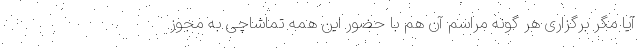
آیا مگر برگزاری هر گونه مراسم آن هم با حضور این همه تماشاچی به مجوز